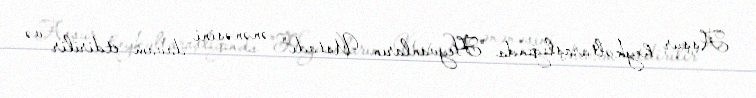
Aşşur heykəltaraşlığında "Heyvanların Ustadı" ənənəsini davam etdirilir və